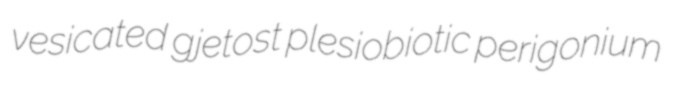
vesicated gjetost plesiobiotic perigonium